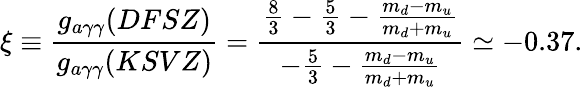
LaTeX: \xi\equiv\frac{g_{a\gamma\gamma}(DFSZ)}{g_{a\gamma\gamma}(KSVZ)}=\frac{\frac{8}{3}-\frac{5}{3}-\frac{m_{d}-m_{u}}{m_{d}+m_{u}}}{-\frac{5}{3}-\frac{m_{d}-m_{u}}{m_{d}+m_{u}}}\simeq-0.37.